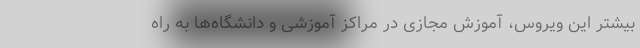
بیشتر این ویروس، آموزش مجازی در مراکز آموزشی و دانشگاه‌ها به راه